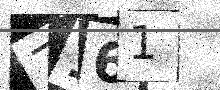
Text: 7161